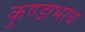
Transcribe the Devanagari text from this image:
कुण्डाभरथ